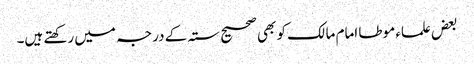
بعض علماء موطا امام مالک کو بھی صحیح ستہ کے درجہ میں رکھتے ہیں۔